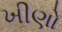
ખીણો